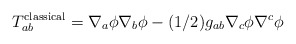
\begin{align*}T^{\rm classical}_{ab}=\nabla _a\phi\nabla _b\phi -(1/2)g_{ab} \nabla _c\phi\nabla ^c\phi \end{align*}